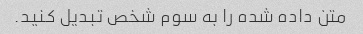
متن داده شده را به سوم شخص تبدیل کنید.